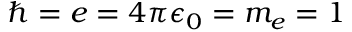
\hbar = e = 4 \pi \epsilon _ { 0 } = m _ { e } = 1